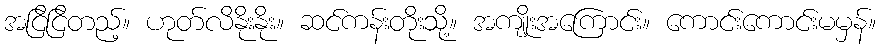
အငြိငြိတည့်။ ဟုတ်လိနိုးနိုး။ ဆင်ကန်းတိုးသို့။ အကျိုးအကြောင်း။ ကောင်းကောင်းမမှန်။